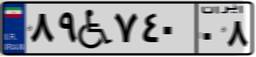
۸۹W۷۴۰۰۸